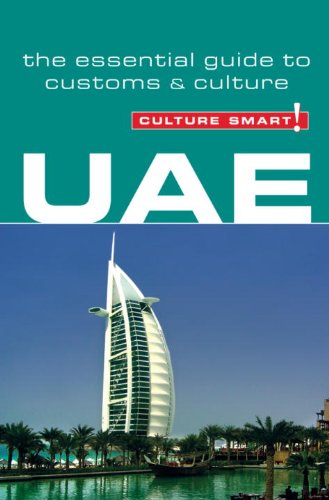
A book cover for UAE (Culture Smart!); John Walsh; Business & Money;